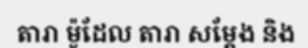
តារា ម៉ូដែល តារា សម្តែង និង